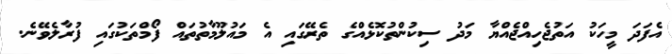
އެފަދަ މީހަކު އަތުޖެހިއްޖެއްޔާ މަދު ސިކުންތުކޮޅެއްގެ ތެރޭގައި އެ މައުލޫމާތުތައް ފޯމްތަކުގައި ފުރާލެވޭނެ.